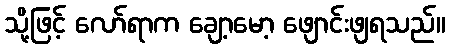
သို့ဖြင့် လော်ရာက ချော့မော့ ဖျောင်းဖျရသည်။